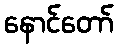
နောင်တော်